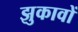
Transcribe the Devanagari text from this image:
झुकावों